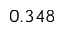
0 . 3 4 8